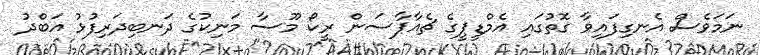
ނަމަވެސް އެނގިފައިވާ ގޮތުގައި އެމްޑީޕީގެ ޗެއާޕާސަން ރީކޯ މޫސާ މަނިކުގެ ދަނބިދަރިފުޅު އަބްދު